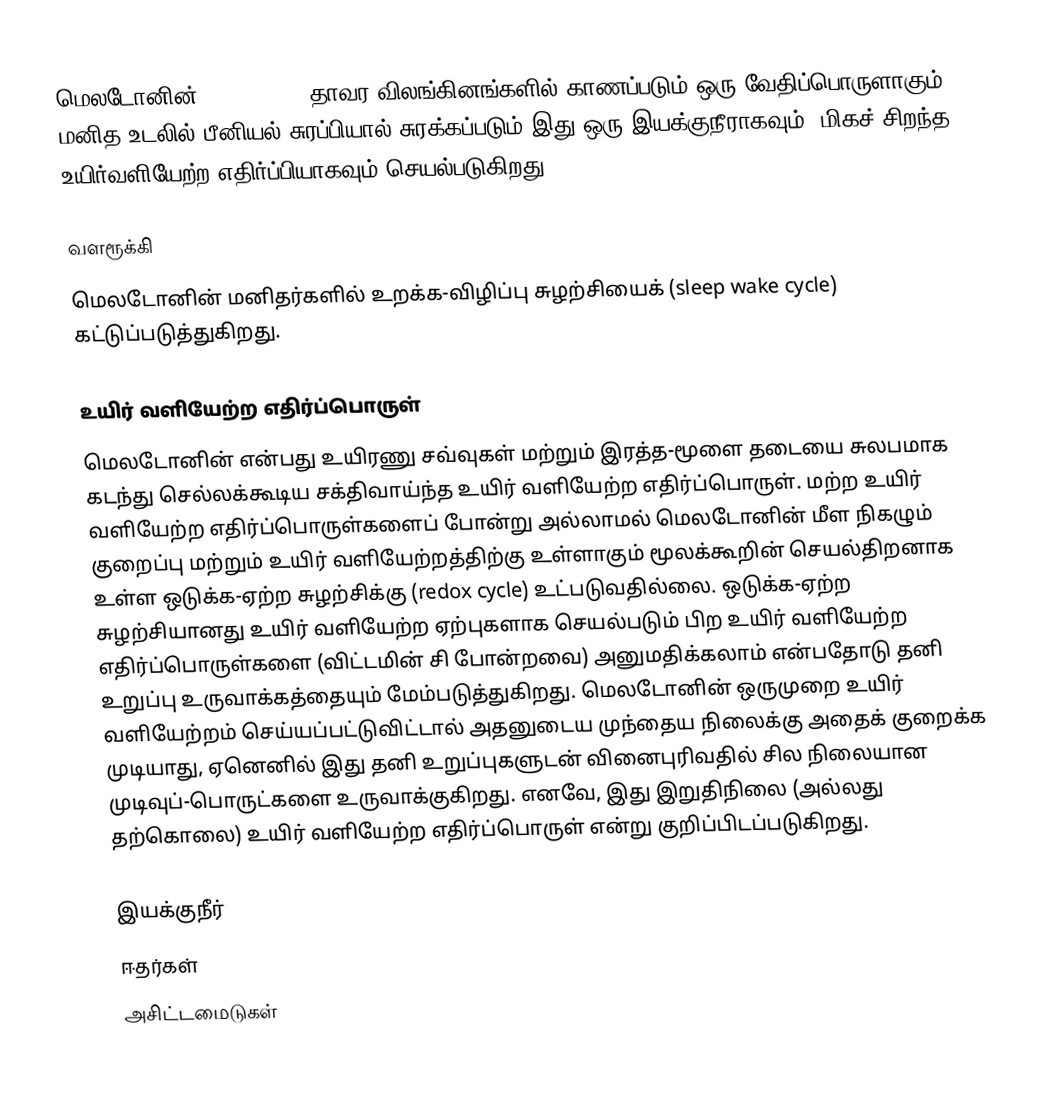
மெலடோனின் (Melatonin) தாவர விலங்கினங்களில் காணப்படும் ஒரு வேதிப்பொருளாகும்.  மனித உடலில் பீனியல் சுரப்பியால் சுரக்கப்படும் இது ஒரு இயக்குநீராகவும், மிகச் சிறந்த உயிர்வளியேற்ற எதிர்ப்பியாகவும் செயல்படுகிறது.

வளரூக்கி
மெலடோனின் மனிதர்களில் உறக்க-விழிப்பு சுழற்சியைக் (sleep wake cycle) கட்டுப்படுத்துகிறது.

உயிர் வளியேற்ற எதிர்ப்பொருள்
மெலடோனின் என்பது உயிரணு சவ்வுகள் மற்றும் இரத்த-மூளை தடையை சுலபமாக கடந்து செல்லக்கூடிய சக்திவாய்ந்த உயிர் வளியேற்ற எதிர்ப்பொருள். மற்ற உயிர் வளியேற்ற எதிர்ப்பொருள்களைப் போன்று அல்லாமல் மெலடோனின் மீள நிகழும் குறைப்பு மற்றும் உயிர் வளியேற்றத்திற்கு உள்ளாகும் மூலக்கூறின் செயல்திறனாக உள்ள ஒடுக்க-ஏற்ற சுழற்சிக்கு (redox cycle) உட்படுவதில்லை. ஒடுக்க-ஏற்ற சுழற்சியானது உயிர் வளியேற்ற ஏற்புகளாக செயல்படும் பிற உயிர் வளியேற்ற எதிர்ப்பொருள்களை (விட்டமின் சி போன்றவை) அனுமதிக்கலாம் என்பதோடு தனி உறுப்பு உருவாக்கத்தையும் மேம்படுத்துகிறது. மெலடோனின் ஒருமுறை உயிர் வளியேற்றம் செய்யப்பட்டுவிட்டால் அதனுடைய முந்தைய நிலைக்கு அதைக் குறைக்க முடியாது, ஏனெனில் இது தனி உறுப்புகளுடன் வினைபுரிவதில் சில நிலையான முடிவுப்-பொருட்களை உருவாக்குகிறது. எனவே, இது இறுதிநிலை (அல்லது தற்கொலை) உயிர் வளியேற்ற எதிர்ப்பொருள் என்று குறிப்பிடப்படுகிறது.

இயக்குநீர்
ஈதர்கள்
அசிட்டமைடுகள்